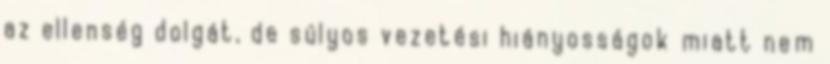
az ellenség dolgát, de súlyos vezetési hiányosságok miatt nem